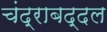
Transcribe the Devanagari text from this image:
चंद्राबद्दल